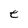
Character: e